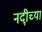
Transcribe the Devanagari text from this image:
नदी्च्या